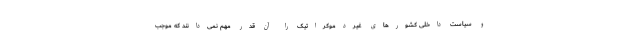
و سیاست داخلی کشورهای غیردموکراتیک را آن قدر مهم نمی‌دانند که موجب